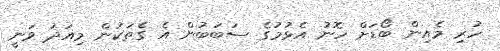
ހުރި މެއިން ބޯޑަށް ހޮނު އެޅުމުގެ ސަބަބުން އެ ގެތަކުން މިއަދު ވަނީ